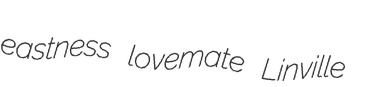
eastness lovemate Linville